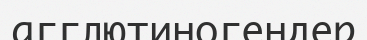
агглютиногендер